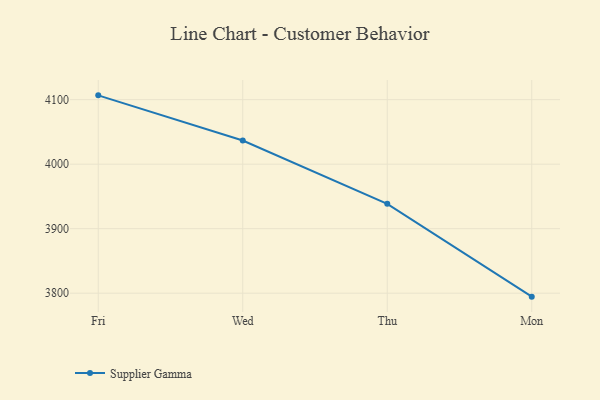
{"axis": {"x": "Day", "y": "LTV (USD)"}, "legend": ["Supplier Gamma"], "data": [{"x": "Fri", "y": 4106.7, "type": "Supplier Gamma"}, {"x": "Wed", "y": 4036.6, "type": "Supplier Gamma"}, {"x": "Thu", "y": 3938.5, "type": "Supplier Gamma"}, {"x": "Mon", "y": 3794.6, "type": "Supplier Gamma"}]}